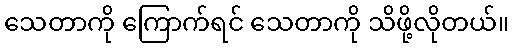
သေတာကို ကြောက်ရင် သေတာကို သိဖို့လိုတယ်။